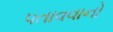
પતાવવાનો